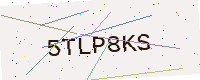
Text: 5TLP8KS